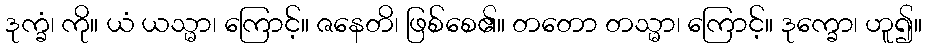
ဒုက္ခံ၊ ကို။ ယံ ယသ္မာ၊ ကြောင့်။ ဇနေတိ၊ ဖြစ်စေ၏။ တတော တသ္မာ၊ ကြောင့်။ ဒုက္ခော၊ ဟူ၍။